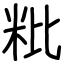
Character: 粃